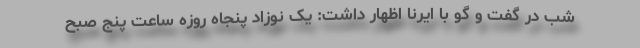
شب در گفت و گو با ایرنا اظهار داشت: یک نوزاد پنجاه روزه ساعت پنج صبح